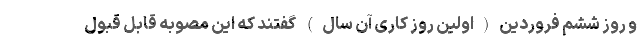
و روز ششم فروردین(اولین روز کاری آن سال) گفتند که این مصوبه قابل قبول